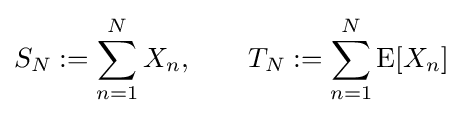
S_{N}:=\sum _{n=1}^{N}X_{n},\qquad T_{N}:=\sum _{n=1}^{N}\operatorname {E} [X_{n}]